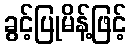
ခွင့်ပြုမိန့်ဖြင့်